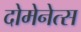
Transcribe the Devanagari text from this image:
दोमेनेत्स